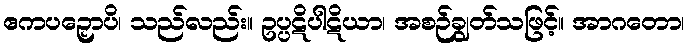
ဧကပဉှောပိ၊ သည်လည်း။ ဥပ္ပဋိပါဋိယာ၊ အစဉ်ချွတ်သဖြင့်။ အာဂတော၊